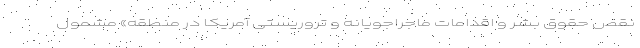
نقض حقوق بشر و اقدامات ماجراجویانه و تروریستی آمریکا در منطقه» مشمول